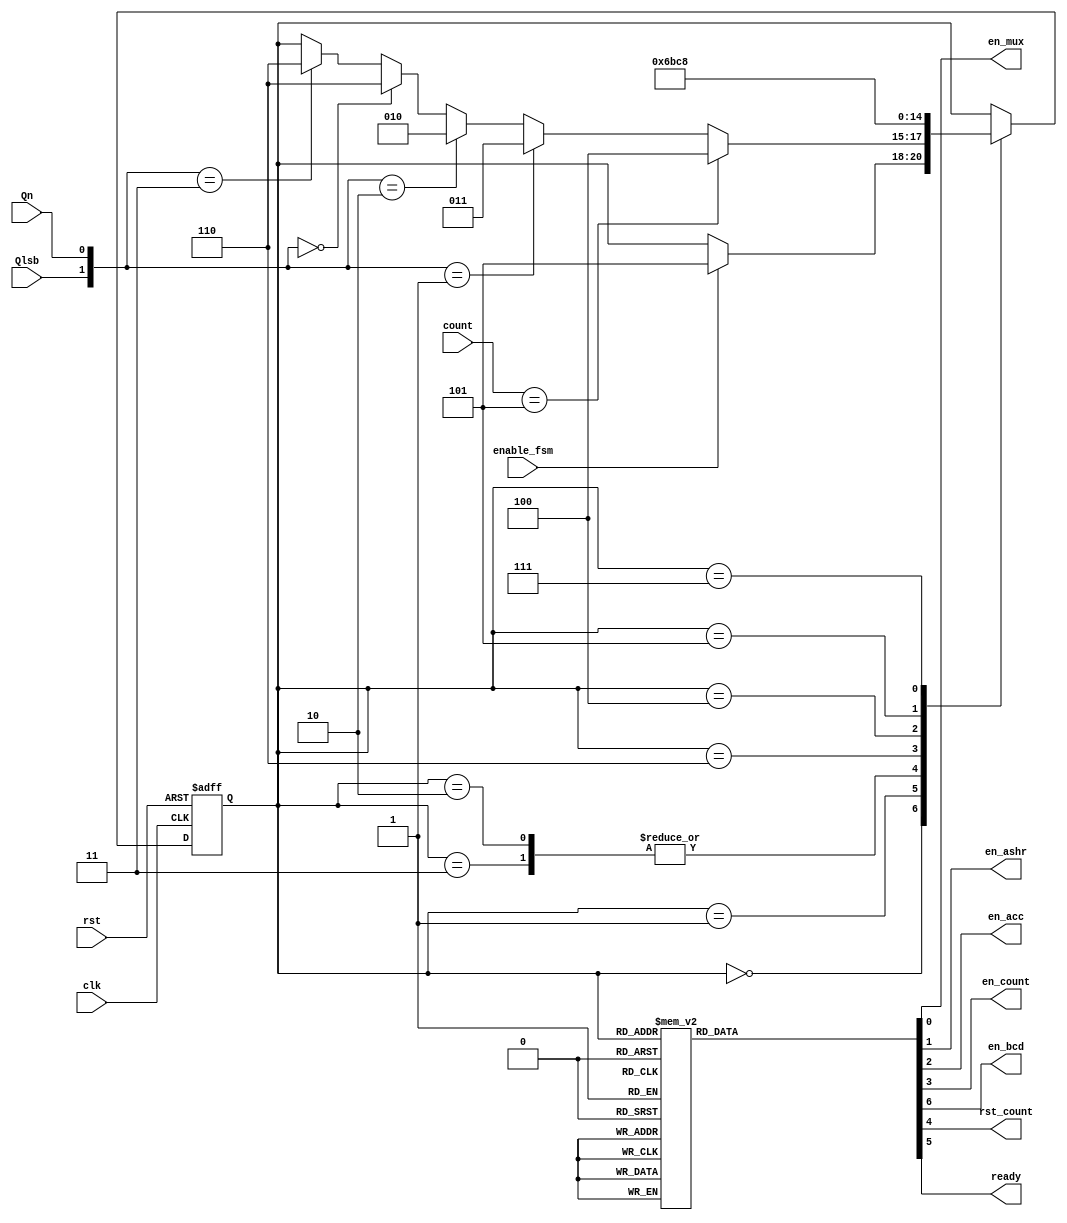
/**********************************************************************************************
 * Project Name       : Finite State Machine Sequencial Multiplier
 * Module description : 
 * Target             : 5CSXFC6D6F31C6
 **********************************************************************************************/
// WIDTH_MUL is size on bits of multiplier
module FSM #(parameter WIDTH_MUL = 5)
(
    input                 clk,
    input                 rst,
    input                 Qn,
    input                 Qlsb,
    input                 enable_fsm,
    input [WIDTH_MUL-1:0] count,
    output reg            en_mux,
    output reg            en_ashr,
    output reg            en_acc,
    output reg            en_count,
    output reg            en_bcd,
    output reg            rst_count,
    output reg            ready
);

localparam [2:0] S_INIT    = 3'b000;
localparam [2:0] S_IDLE    = 3'b001;
localparam [2:0] S_01      = 3'b011;
localparam [2:0] S_10      = 3'b010;
localparam [2:0] S_11_00   = 3'b110;
localparam [2:0] S_READY   = 3'b100;
localparam [2:0] S_WAIT    = 3'b101;
localparam [2:0] S_BCD     = 3'b111;

reg [2:0]           state = S_INIT;

always @(posedge rst, posedge clk) 
    begin
        if (rst) 
            begin
                state <= S_INIT;
            end 
        else 
            begin
                case (state)
                    S_INIT: if (enable_fsm == 1'b1) 
                                begin
                                    state <= S_WAIT;
                                end
                    S_IDLE: if (count == 3'b101 ) 
                                begin
                                    state <= S_READY;
                                end 
                            else 
                                begin
                                    if ({Qlsb,Qn} == 2'b01) 
                                        begin
                                            state <= S_01;
                                        end
                                    else if ({Qlsb,Qn} == 2'b10) 
                                        begin
                                            state <= S_10;
                                        end
                                    else if ({Qlsb,Qn} == 2'b00) 
                                        begin
                                            state <= S_11_00;
                                        end
                                    else if ({Qlsb,Qn} == 2'b11) 
                                        begin
                                            state <= S_11_00;
                                        end
                                end
                    S_01: 
                                begin
                                    state <= S_11_00;
                                end 
                    S_10: 
                                begin
                                    state <= S_11_00;
                                end 
                    S_11_00 :
                                begin
                                    state <= S_WAIT;
                                end 
                    S_READY :
                                begin
                                    state <= S_BCD;
                                end
                    S_WAIT:    
                                begin
                                    state <= S_IDLE;
                                end 
                    S_BCD:    
                                begin
                                    state <= S_INIT;
                                end 
                    default: 
                        begin
                            state <= S_INIT;
                        end
                endcase
            end
    end


always @(state) 
    begin
        case (state)
            S_INIT: 
                begin
                    en_mux    = 1'b1;
                    en_ashr   = 1'b0;
                    en_acc    = 1'b0;
                    en_count  = 1'b0;
                    rst_count = 1'b1;
                    ready     = 1'b0; 
                    en_bcd    = 1'b0;      
                end
            S_IDLE: 
                begin
                    en_mux    = 1'b0;
                    en_ashr   = 1'b0;
                    en_acc    = 1'b0;
                    en_count  = 1'b0;
                    rst_count = 1'b0;
                    ready     = 1'b0;
                    en_bcd    = 1'b0;
                end
            S_01: 
                begin
                    en_mux    = 1'b0;
                    en_ashr   = 1'b0;
                    en_acc    = 1'b1;
                    en_count  = 1'b0;
                    rst_count = 1'b0;
                    ready     = 1'b0;
                    en_bcd    = 1'b0;
                end      
            S_10: 
                begin
                    en_mux    = 1'b0;
                    en_ashr   = 1'b0;
                    en_acc    = 1'b1;
                    en_count  = 1'b0;
                    rst_count = 1'b0;
                    ready     = 1'b0;
                    en_bcd    = 1'b0;
                end            
            S_11_00 :
                begin
                    en_mux    = 1'b0;
                    en_ashr   = 1'b1;
                    en_acc    = 1'b0;
                    en_count  = 1'b1;
                    rst_count = 1'b0;
                    ready     = 1'b0;
                    en_bcd    = 1'b0;
                end      
            S_READY :
                begin
                    en_mux    = 1'b0;
                    en_ashr   = 1'b0;
                    en_acc    = 1'b0;
                    en_count  = 1'b0;
                    rst_count = 1'b0;
                    ready     = 1'b1;
                    en_bcd    = 1'b0;
                end      
            S_WAIT :
                begin
                    en_mux    = 1'b0;
                    en_ashr   = 1'b0;
                    en_acc    = 1'b0;
                    en_count  = 1'b0;
                    rst_count = 1'b0;
                    ready     = 1'b0;
                    en_bcd    = 1'b0;
                end      
            S_BCD :
                begin
                    en_mux    = 1'b0;
                    en_ashr   = 1'b0;
                    en_acc    = 1'b0;
                    en_count  = 1'b0;
                    rst_count = 1'b0;
                    ready     = 1'b0;
                    en_bcd    = 1'b1;
                end      
            default: 
                begin
                    en_mux    = 1'b0;
                    en_ashr   = 1'b0;
                    en_acc    = 1'b0;
                    en_count  = 1'b0;
                    rst_count = 1'b0;
                    ready     = 1'b0;
                    en_bcd    = 1'b0;
                end
        endcase
    end

endmodule